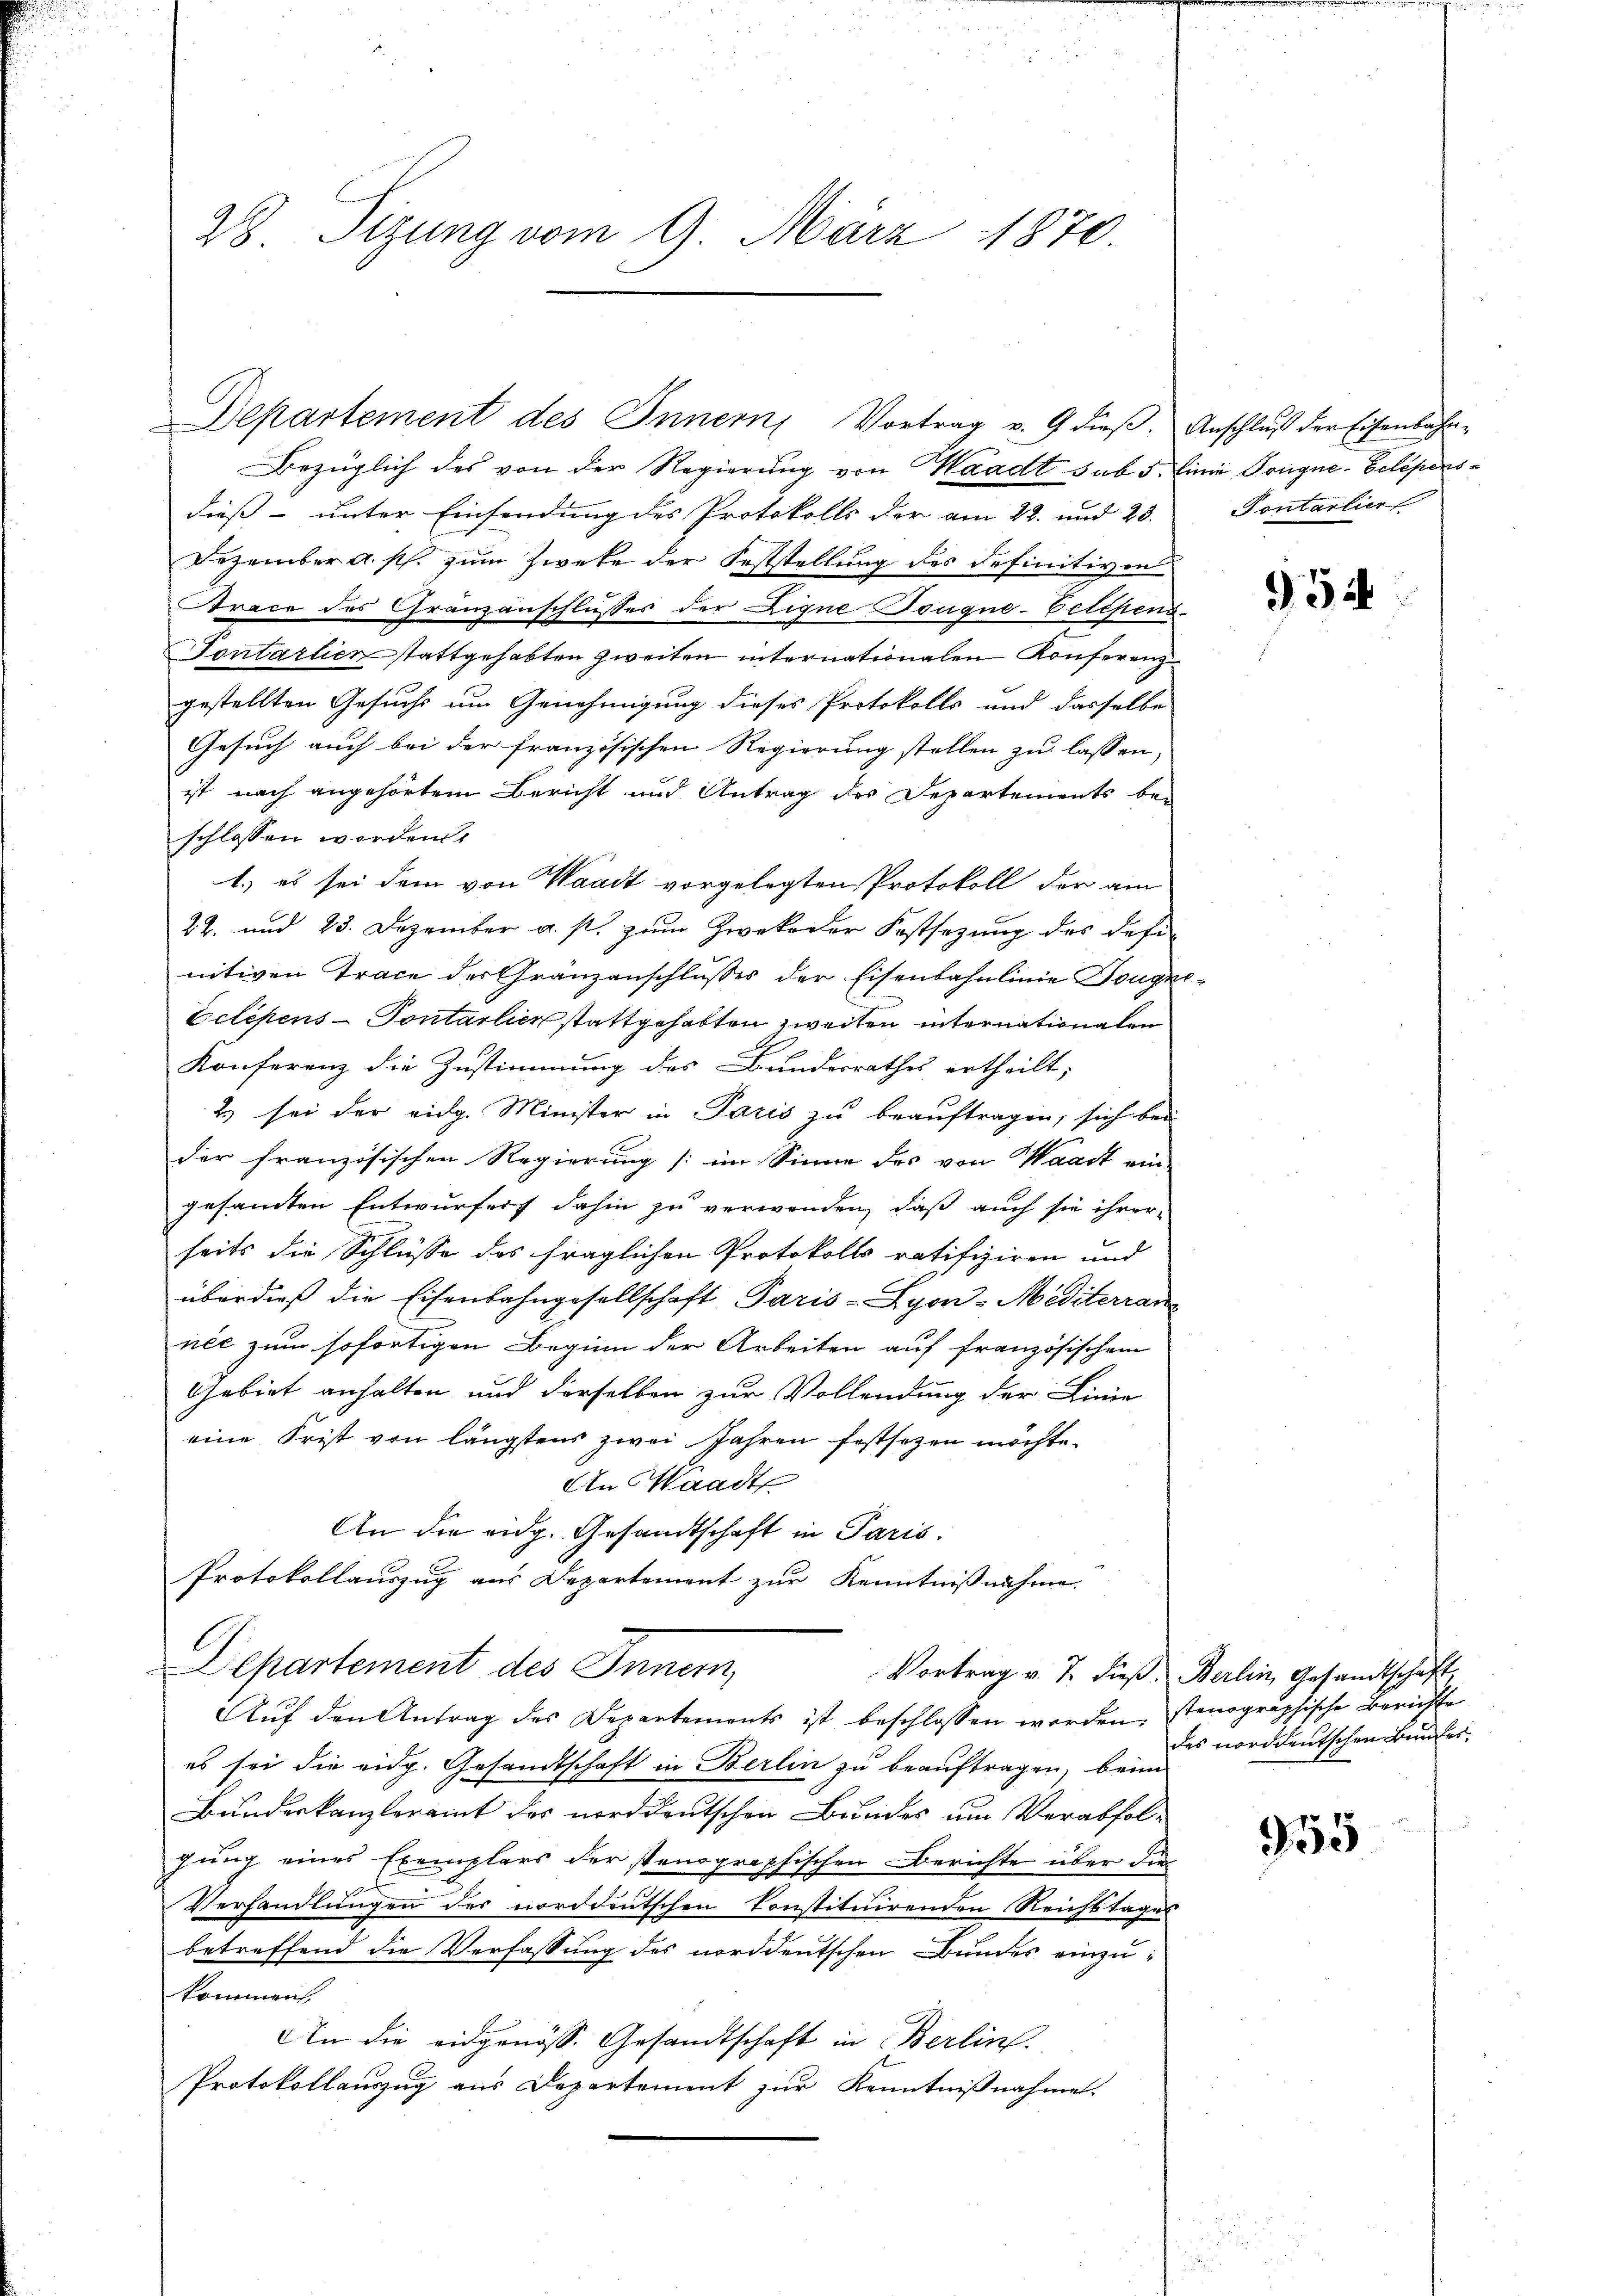
28. Sizung vom 9. März 1870.

Bezüglich des von der Regierung von Waadt sub 5. Einie Tongne-Gelépensdieß unter Einsendung des Protokolls der am 22. und 23. Pontarliert
Dezember a. p. zum Zweke der Feststellung des Definitiven
Strace des Gränzanschlusses der Eigne Tougne-Betchens¬
Sontartienstattgehabten zweiten internationalen Konferenzgestellten Gesuchs um Genehmigung dieses Protokolls und dasselbe
Gesuch auch bei der französischen Regierung stellen zu lassen,
ist nach angehörtem Bericht und Antrag des Departements beschlossen worden
1.) es sei dem von Waadt vorgelegten Protokoll der am
22. und 23. Dezember a. s. zum Zwekeder Festsezung des definitiven Trace der Gränzanschlusses der Eisenbahnlinie Tougne¬
Eclepens - Sontalien stattgehabten zweiten internationalen
Konferenz die Zustimmung des Bundesrathes ertheilt;
2) sei der eidg. Minister in Paris zu beauftragen, sich bei
der französischen Regierung (im Sinne des von Waadt ein
gesamten Entwurfes dahin zu verwenden, daß auch sie ihrer-
seits die Schlüsse des fraglichen Protokolls ratifiziren und
überdieß die Eisenbahngesellschaft Paris - Lyon-Mediterran
née zum sofortigen Beginn der Arbeiten auf französischem
Gebiet anhalten und derselben zur Vollendung der Linie
eine Frist von längstens zwei Jahren festsezen möchte.
An Waadt
An die eidg. Gesandtschaft in Paris.
Protokollauszug aus Departement zur Kenntnißnahme.
Departement des Inner
Vortrag v. J. dieß. Berlin, Gesandtschaft
Aŭf den Antrag des Departements ist beschlossen worden. Stenographische Berichte
es sei die eidg. Gesandtschaft in Berlin zu beauftragen, beim
Bundeskanzleramt des norddeutschen Bundes um Verabfolgung eines Exemplars der stenographischen Berichte über die
Verhandlungen des norddeutschen konstituirenden Reichstages
betreffend die Verfassung des norddeutschen Bundes einzukommen,
An die eidgenöss. Gesandtschaft in Berlin.
Protokollauszug aus Departement zur Kenntnißnahme.

Departement des Innern Vortrag v. 9 dieβ. Anschlŭβ der Eisenbahn-

354

des norddeutschen Bundes,

955